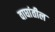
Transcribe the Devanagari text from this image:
वाघांतील